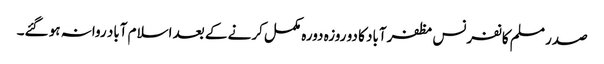
صدر مسلم کانفرنس مظفرآباد کا دو روزہ دورہ مکمل کرنے کے بعد اسلام آباد روانہ ہو گئے۔